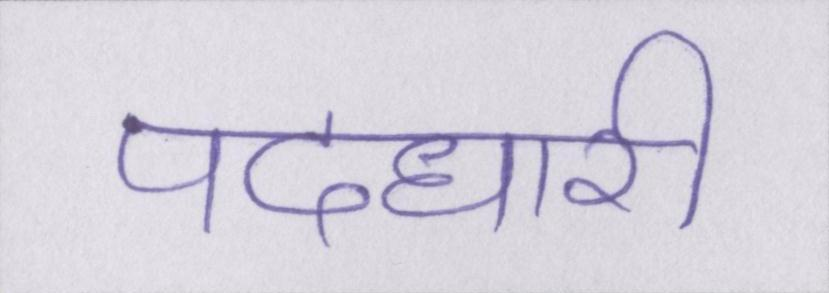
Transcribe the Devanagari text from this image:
पदधारी